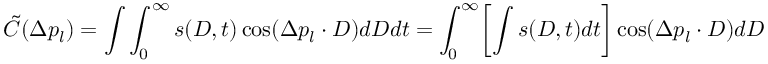
\tilde { C } ( \Delta p _ { l } ) = \int \int _ { 0 } ^ { \infty } s ( D , t ) \cos ( \Delta p _ { l } \cdot D ) d D d t = \int _ { 0 } ^ { \infty } \biggl \lbrack \int s ( D , t ) d t \biggr \rbrack \cos ( \Delta p _ { l } \cdot D ) d D